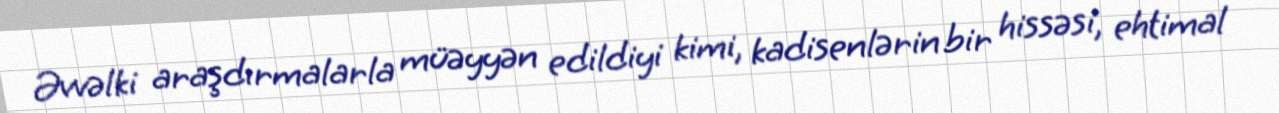
Əvvəlki araşdırmalarla müəyyən edildiyi kimi, kadisenlərin bir hissəsi, ehtimal